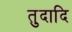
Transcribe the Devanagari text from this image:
तुदादि